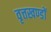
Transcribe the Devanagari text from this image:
वृत्तखण्डों